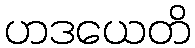
ဟဒယေတိ